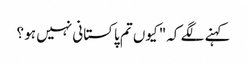
کہنے لگے کہ" کیوں تم پاکستانی نہیں ہو ؟